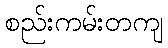
စည်းကမ်းတကျ